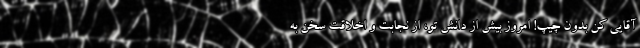
آقایی کن بدون چیپ! امروز بیش از دانش تو، از نجابت و اخلاقت سخن به